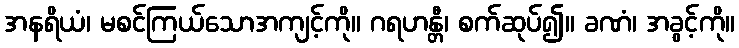
အနရိယံ၊ မစင်ကြယ်သောအကျင့်ကို။ ဂရဟန္တီ၊ စက်ဆုပ်၍။ ခဏံ၊ အခွင့်ကို။